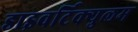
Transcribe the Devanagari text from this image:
डाइवर्टिक्युलम